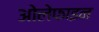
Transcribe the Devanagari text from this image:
ओलेफाइन